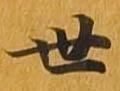
世